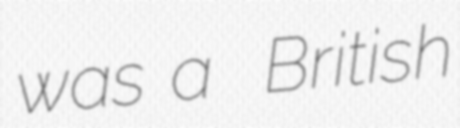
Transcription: was a  British